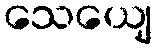
သေယျေ